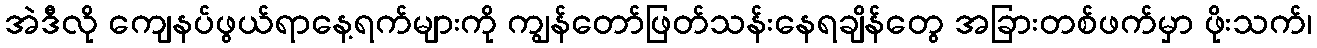
အဲဒီလို ကျေနပ်ဖွယ်ရာနေ့ရက်များကို ကျွန်တော်ဖြတ်သန်းနေရချိန်တွေ အခြားတစ်ဖက်မှာ ဖိုးသက်၊